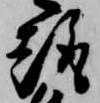
趣